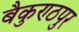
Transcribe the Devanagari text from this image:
बैकुण्ठपुर